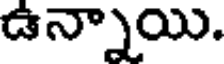
ఉన్నాయి.